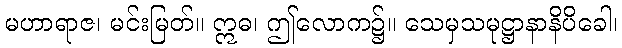
မဟာရာဇ၊ မင်းမြတ်။ ဣဓ၊ ဤလောက၌။ သေမှသမုဋ္ဌာနာနိပိခေါ၊